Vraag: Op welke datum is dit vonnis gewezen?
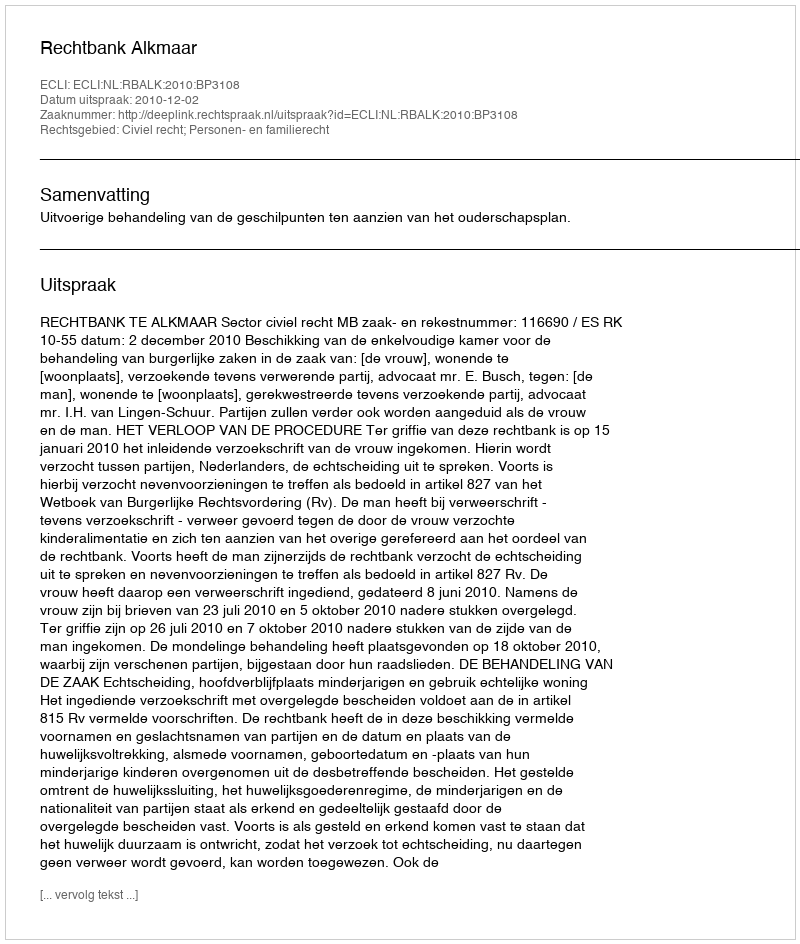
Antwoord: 2010-12-02